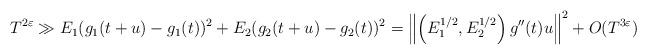
LaTeX: \begin{align*}T^{2\varepsilon} \gg E_1(g_1(t+u) - g_1(t))^2 + E_2(g_2(t+u) - g_2(t))^2 = \left\| \left(E_1^{1/2}, E_2^{1/2}\right) g''(t) u\right\|^2 + O(T^{3\varepsilon})\end{align*}